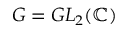
G = G L _ { 2 } ( \mathbb { C } )